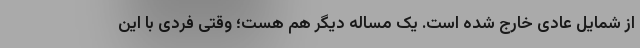
از شمایل عادی خارج شده است. یک مساله دیگر هم هست؛ وقتی فردی با این